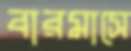
বারমাসে